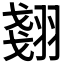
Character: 𮋇